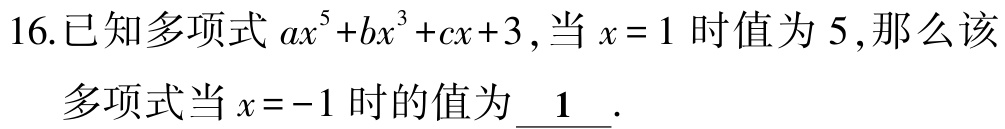
16.已知多项式\(ax^{5}+bx^{3}+cx + 3\),当\(x = 1\)时值为\(5\),那么该
多项式当\(x = -1\)时的值为\(\underline{1}\).